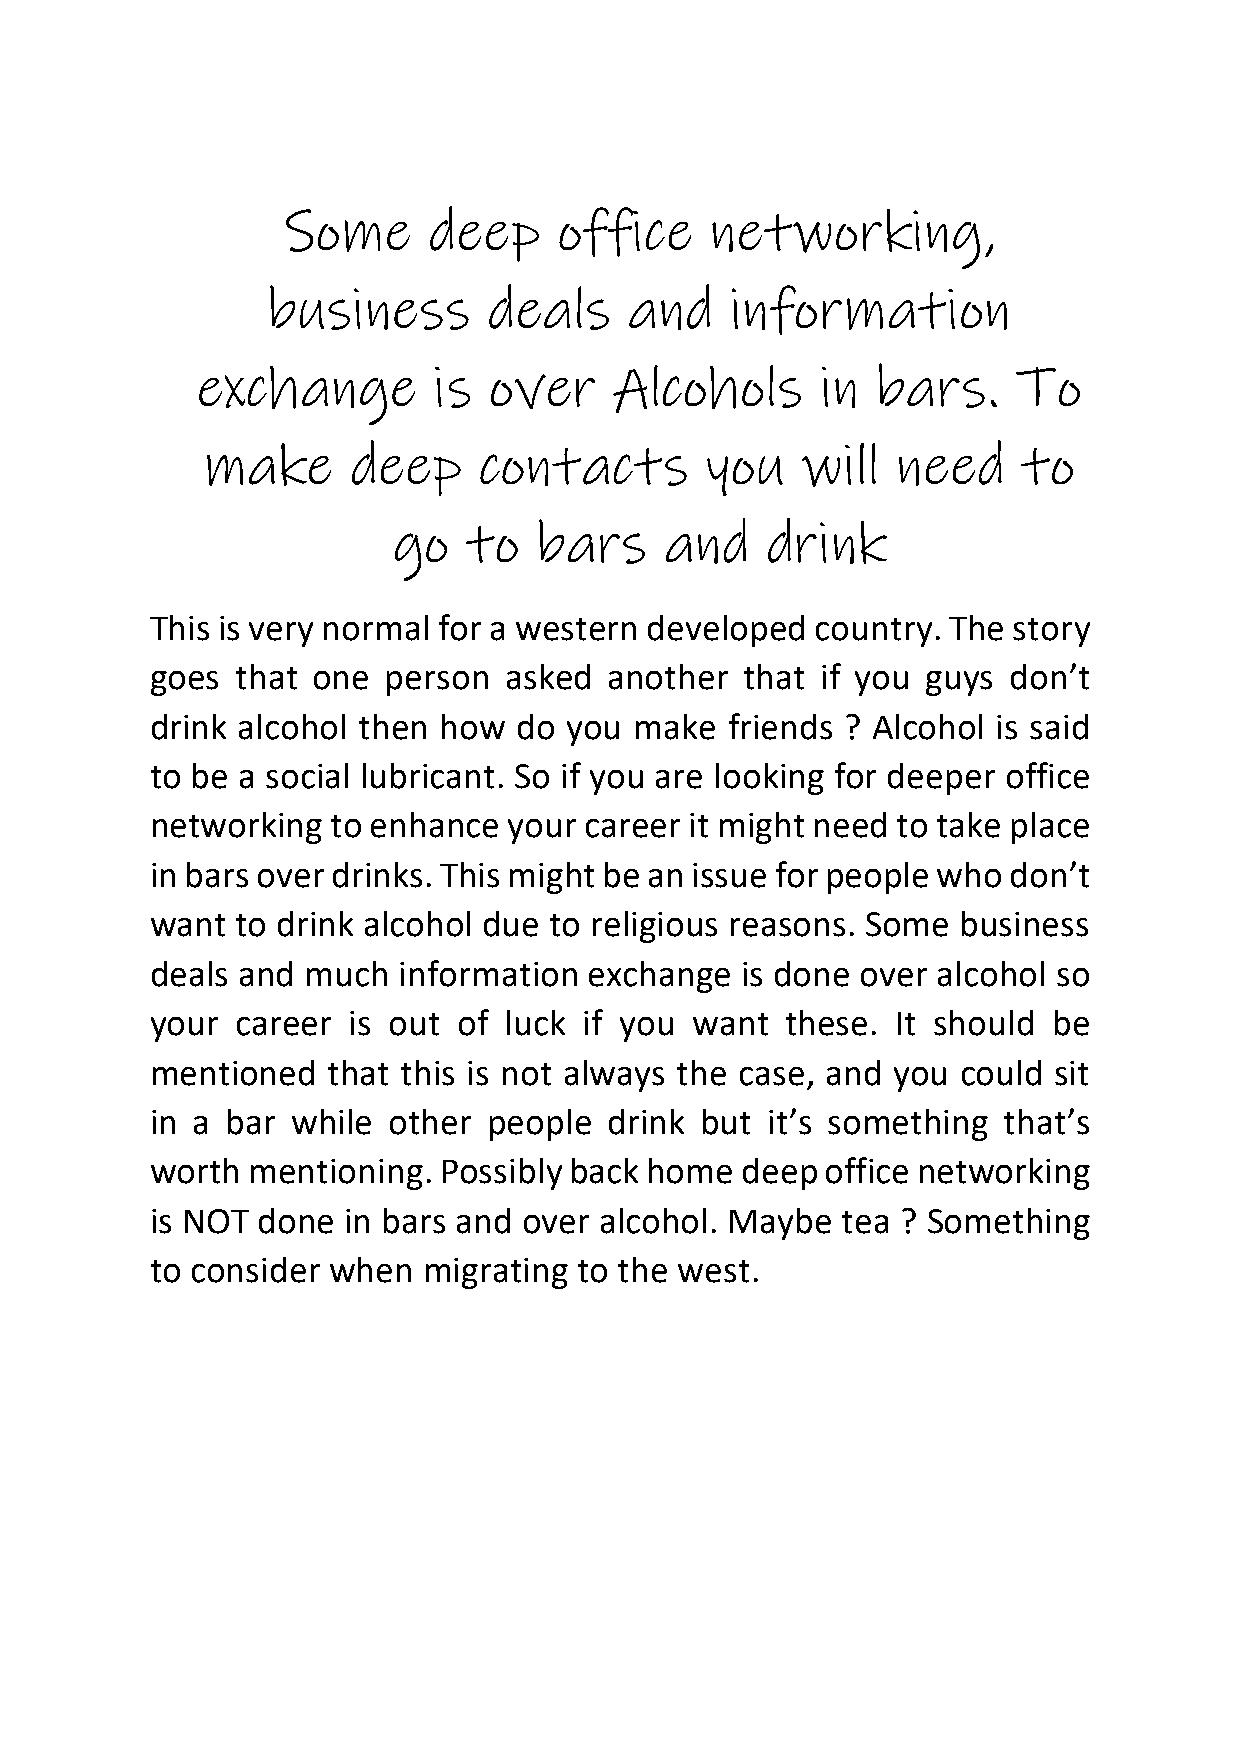
Some     deep     office    networking,
 business      deals     and   information
 exchange        is over     Alcohols     in  bars.    To
 make      deep     contacts       you   will  need     to
 go   to  bars     and    drink
 This is very normal for a western developed country. The story
 goes  that one person  asked  another  that if you guys  don’t
 drink alcohol then how  do you  make  friends ? Alcohol is said
 to be a social lubricant. So if you are looking for deeper office
 networking  to enhance  your career it might need to take place
 in bars over drinks. This might be an issue for people who don’t
 want  to drink alcohol due to religious reasons. Some business
 deals and much  information  exchange  is done over alcohol so
 your  career is out of luck  if you want  these. It should  be
 mentioned   that this is not always the case, and you could sit
 in a bar while  other people  drink but  it’s something that’s
 worth mentioning.  Possibly back home  deep  office networking
 is NOT done  in bars and over alcohol. Maybe  tea ? Something
 to consider when  migrating to the west.